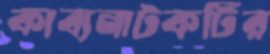
কাব্যনাটকটির